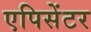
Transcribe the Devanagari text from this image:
एपिसेंटर